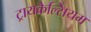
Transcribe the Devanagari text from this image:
ट्रायकेल्सियम